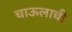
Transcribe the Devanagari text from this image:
चाऊलाची